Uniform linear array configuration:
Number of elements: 48
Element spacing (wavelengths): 0.5
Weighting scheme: binomial
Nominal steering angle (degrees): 0
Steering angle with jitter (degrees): -1.263
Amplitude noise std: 0.05
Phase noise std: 0.05

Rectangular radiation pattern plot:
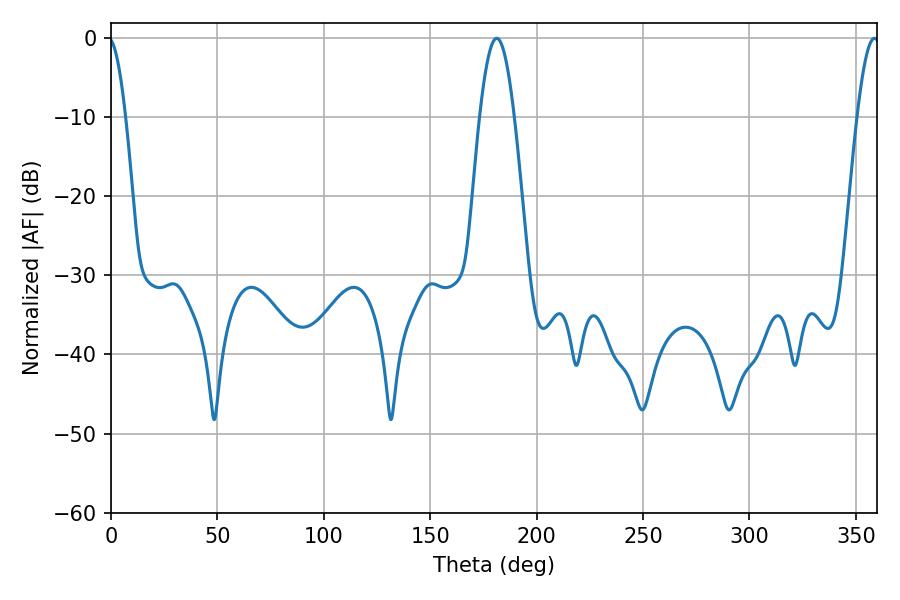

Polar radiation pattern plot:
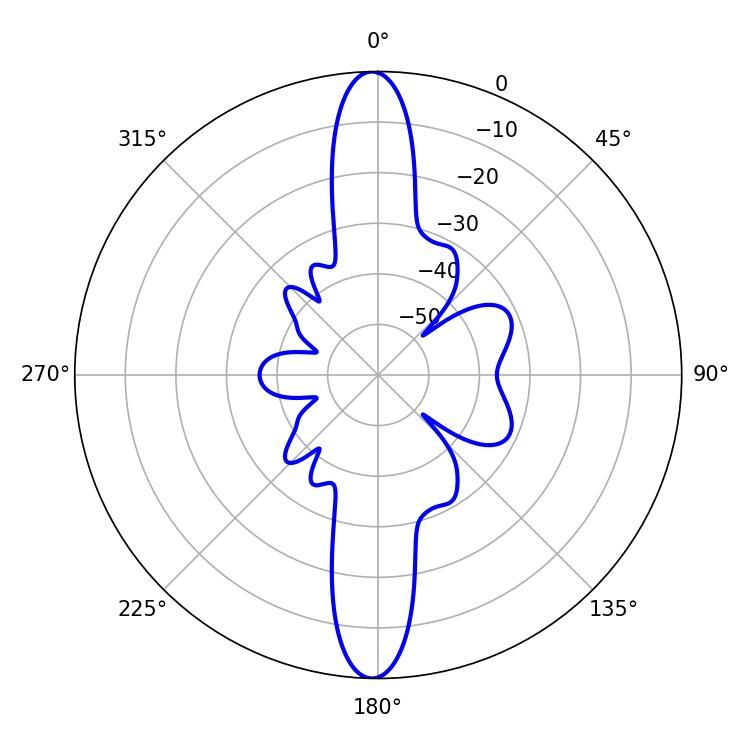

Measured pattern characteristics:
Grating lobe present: FALSE
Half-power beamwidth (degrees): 8.64
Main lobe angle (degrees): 181.26